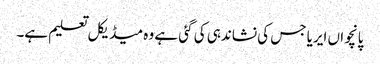
پانچواں ایریا جس کی نشاندہی کی گئی ہے وہ میڈیکل تعلیم ہے۔